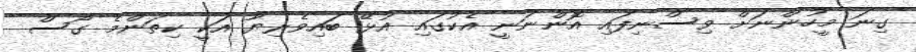
ގިނަ މީހުންނަށް ވިސްނިފައި އޮންނަނީ އެކުގައި އުޅޭ ބައިވެރިޔާ އަކީ ކިތަންމެ ގޯސް